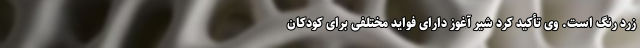
زرد رنگ است. وی تأکید کرد شیر آغوز دارای فواید مختلفی برای کودکان